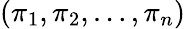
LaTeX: (\pi_{1},\pi_{2},\ldots,\pi_{n})